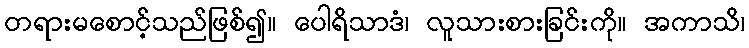
တရားမစောင့်သည်ဖြစ်၍။ ပေါရိသာဒံ၊ လူသားစားခြင်းကို။ အကာသိ၊